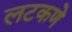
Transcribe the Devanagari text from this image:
लटकणे